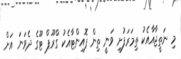
މި ނަތީޖާއާއެކު ތިމަރަފުށި ވަނީ ތިން ޕޮއިންޓާއެކު ގްރޫޕް ޓޫގެ ދެވަނަ އަށް